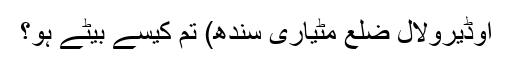
اوڈیرولال ضلع مٹیاری سندھ) تم کیسے بیٹے ہو؟